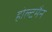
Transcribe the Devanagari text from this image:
होल्टमैन